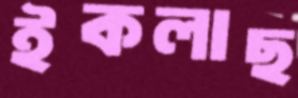
ইকলাছ